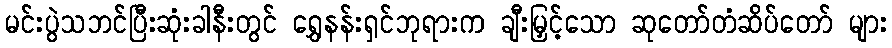
မင်းပွဲသဘင်ပြီးဆုံးခါနီးတွင် ရွှေနန်းရှင်ဘုရားက ချီးမြှင့်သော ဆုတော်တံဆိပ်တော် များ